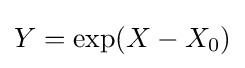
Y=\exp(X-X_{0})